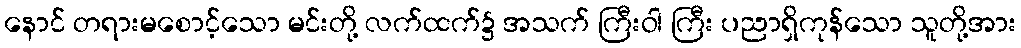
နောင် တရားမစောင့်သော မင်းတို့ လက်ထက်၌ အသက် ကြီးဝါ ကြီး ပညာရှိကုန်သော သူတို့အား